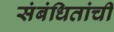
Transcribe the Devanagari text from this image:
संबंधितांची